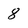
Character: 8